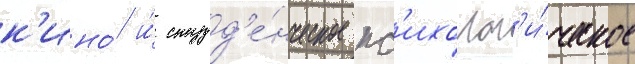
к'ино́ и́ студ'е́нческое пс'ихолог'и́ческое